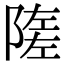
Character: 隓